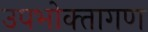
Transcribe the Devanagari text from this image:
उपभोक्‍तागण